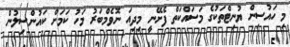
މި ހައުސިން ޔުނިޓްތަކުގެ މަސައްކަތް ފެށޭނީ މިދިއަ ނޮވެމްބަރު މަހު ކަމަށް ކައުންސިލުން